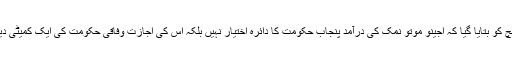
فاضل بنچ کو بتایا گیا کہ اجینو موتو نمک کی درآمد پنجاب حکومت کا دائرہ اختیار نہیں بلکہ اس کی اجازت وفاقی حکومت کی ایک کمیٹی دیتی ہے ۔